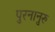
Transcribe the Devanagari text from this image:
पुरनानुरु